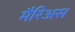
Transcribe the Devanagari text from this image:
मैरिअस